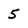
Character: 5